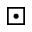
\boxdot